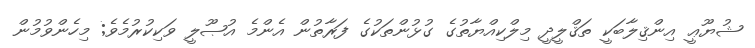
ޝުޔޫޢީ އިންޤިލާބަކީ ތަޤްލީދީ މިލްކިއްޔާތުގެ ގުޅުންތަކުގެ ފަރާތުން އެންމެ އުޞޫލީ ވަކިކުރުމެވެ; މިހެންވުމުން